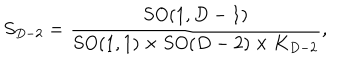
S _ { D - 2 } = { \frac { S O ( 1 , D - 1 ) } { S O ( 1 , 1 ) \times S O ( D - 2 ) \times K _ { D - 2 } } } ,